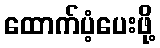
ထောက်ပံ့ပေးဖို့